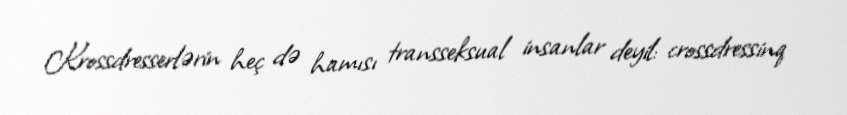
Krossdresserlərin heç də hamısı transseksual insanlar deyil: crossdressinq